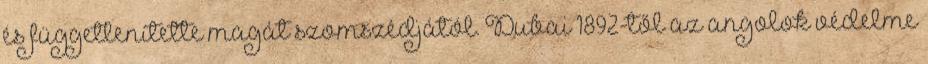
és függetlenítette magát szomszédjától. Dubai 1892-től az angolok védelme